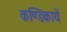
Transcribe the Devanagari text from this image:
कण्डिकायें